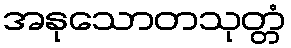
အနုသောတသုတ္တံ